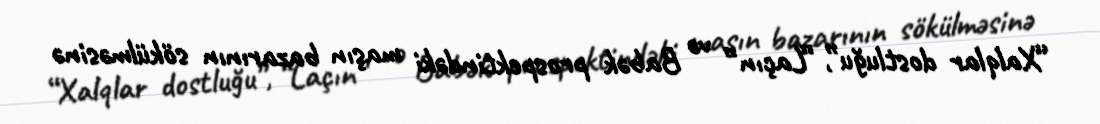
“Xalqlar dostluğu”, “Laçın” və Babək prospektindəki maşın bazarının sökülməsinə